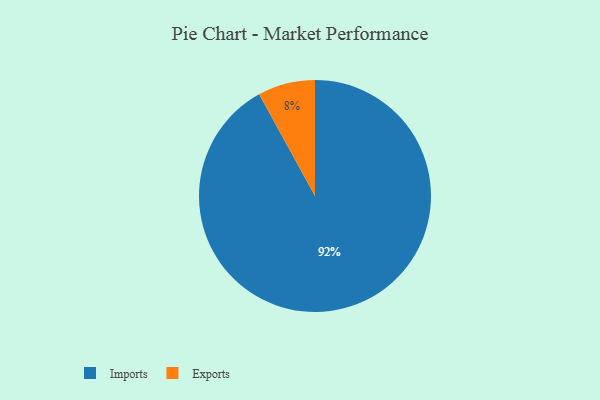
{"axis": {"x": "Category", "y": "Percentage"}, "legend": ["Exports", "Imports"], "data": [{"x": "Imports", "y": 92, "type": "Imports"}, {"x": "Exports", "y": 8, "type": "Exports"}]}